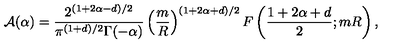
{ \cal A } ( \alpha ) = \frac { 2 ^ { ( 1 + 2 \alpha - d ) / 2 } } { \pi ^ { ( 1 + d ) / 2 } \Gamma ( - \alpha ) } \left( \frac { m } { R } \right) ^ { ( 1 + 2 \alpha + d ) / 2 } F \left( \frac { 1 + 2 \alpha + d } { 2 } ; m R \right) ,